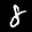
Label: 8